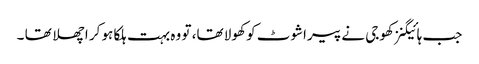
جب ہائیگنز کھوجی نے پیراشوٹ کو کھولا تھا، تو وہ بہت ہلکا ہو کر اچھلا تھا ۔